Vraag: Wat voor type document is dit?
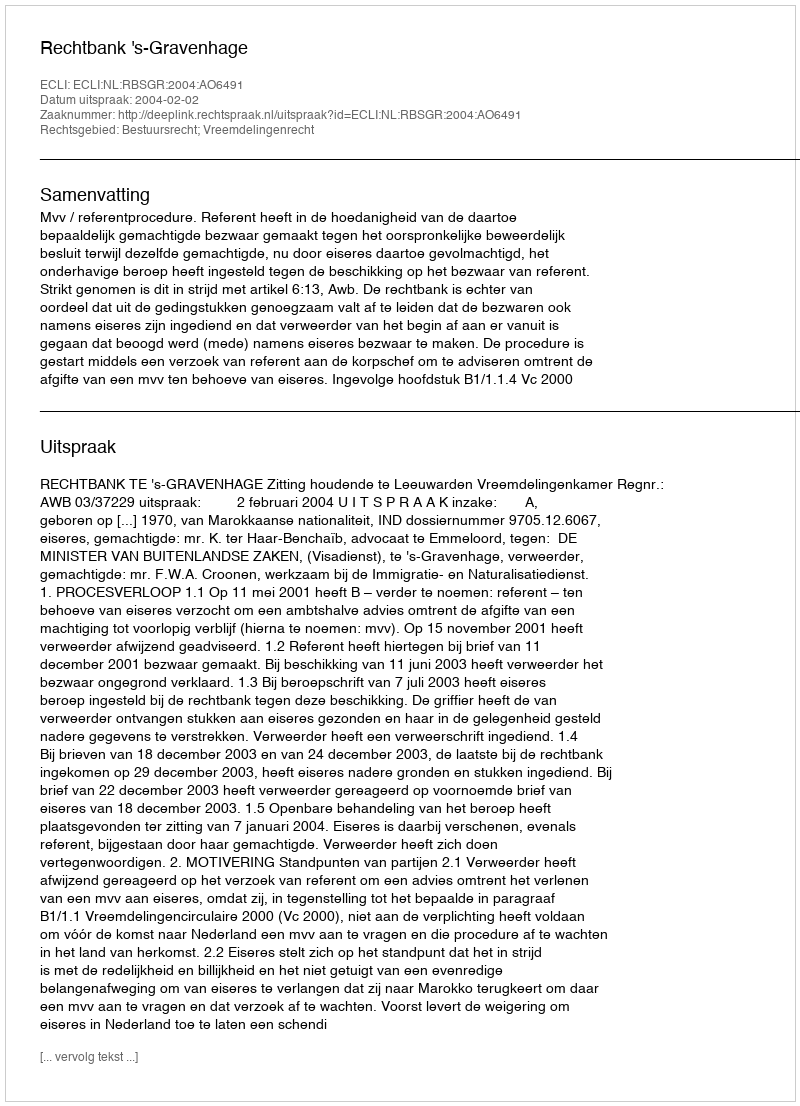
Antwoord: Uitspraak